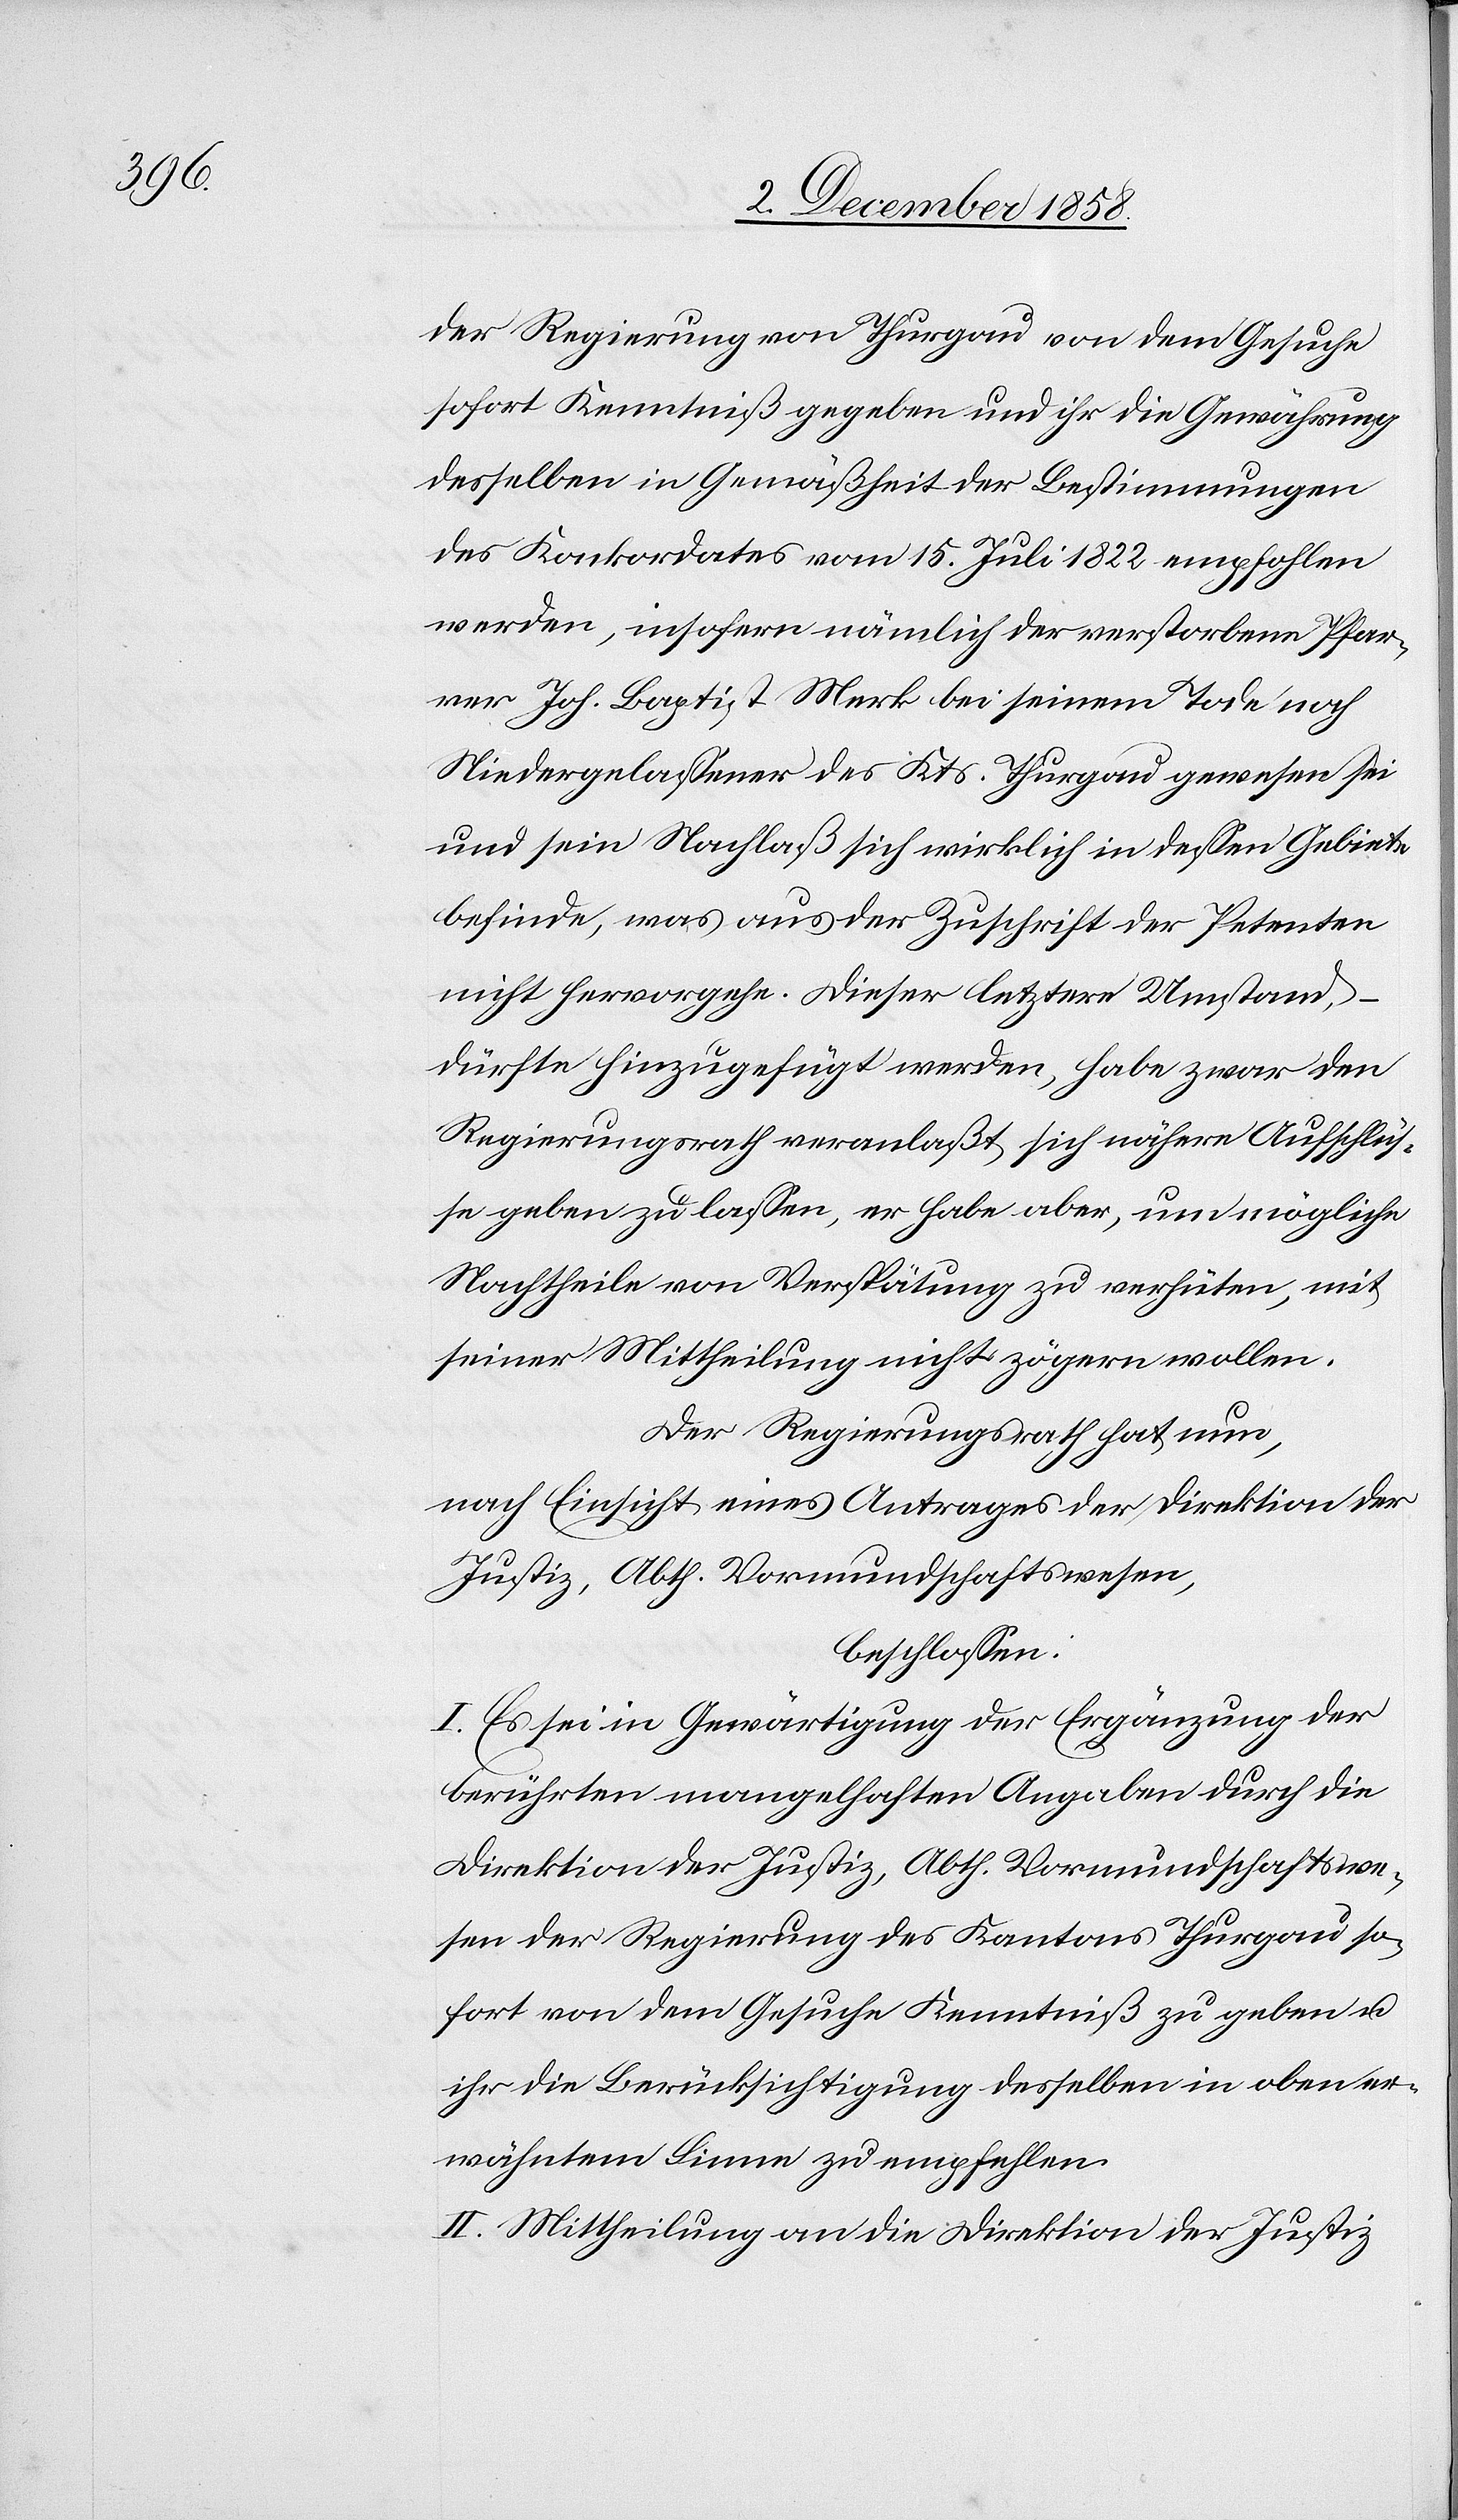
der Regierung von Thurgau von dem Gesuche
sofort Kenntniß gegeben und ihr die Gewährung
desselben in Gemäßheit der Bestimmungen
des Konkordates vom 15. Juli 1822 empfohlen
werden, insofern nämlich der verstorbene Pfar¬
rer Joh. Baptist Merk bei seinem Tode noch
Niedergelassener des Kts. Thurgau gewesen sei
und sein Nachlaß sich wirklich in dessen Gebiete
befinde, was aus der Zuschrift der Petenten
nicht hervorgehe. Dieser letztere Umstand,
dürfte hinzugefügt werden, habe zwar den
Regierungsrath veranlaßt, sich nähere Aufschlüs¬
se geben zu lassen, er habe aber, um mögliche
Nachtheile von Verspätung zu verhüten, mit
seiner Mittheilung nicht zögern wollen.
Der Regierungsrath hat nun,
nach Einsicht eines Antrages der Direktion der
Justiz, Abth. Vormundschaftswesen,
beschlossen:
I. Es sei in Gewärtigung der Ergänzung der
berührten mangelhaften Angaben durch die
Direktion der Justiz, Abth. Vormundschaftswe¬
sen der Regierung des Kantons Thurgau so¬
fort von dem Gesuche Kenntniß zu geben u.
ihr die Berücksichtigung desselben in oben er¬
wähntem Sinne zu empfehlen.
II. Mittheilung an die Direktion der Justiz